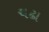
ચઢા